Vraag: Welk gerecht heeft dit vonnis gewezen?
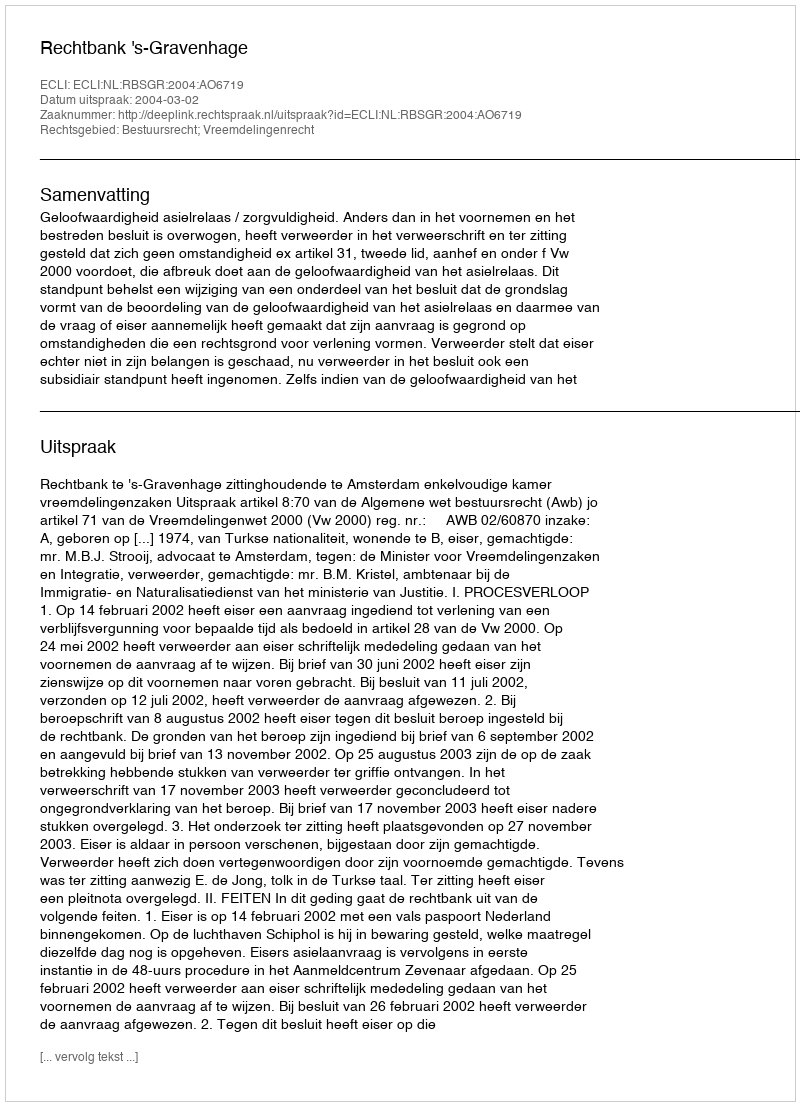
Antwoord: Rechtbank 's-Gravenhage